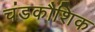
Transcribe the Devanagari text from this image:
चंडकौशिक